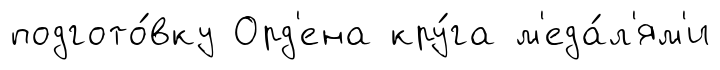
подгото́вку Орд'ена кру́га м'еда́л'ям'и